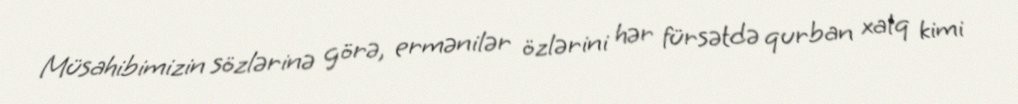
Müsahibimizin sözlərinə görə, ermənilər özlərini hər fürsətdə qurban xalq kimi